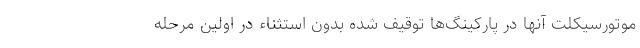
موتورسیکلت آنها در پارکینگ‌ها توقیف شده بدون استثناء در اولین مرحله